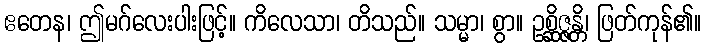
ဧတေန၊ ဤမဂ်လေးပါးဖြင့်။ ကိလေသာ၊ တိသည်။ သမ္မာ၊ စွာ။ ဥစ္ဆိဇ္ဇန္တိ၊ ဖြတ်ကုန်၏။